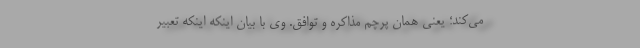
می‌کند؛ یعنی همان پرچم مذاکره و توافق. وی با بیان اینکه اینکه تعبیر